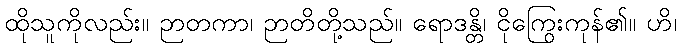
ထိုသူကိုလည်း။ ဉာတကာ၊ ဉာတိတို့သည်။ ရောဒန္တိ၊ ငိုကြွေးကုန်၏။ ဟိ၊